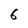
Character: 6